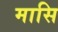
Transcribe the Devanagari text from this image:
मासि